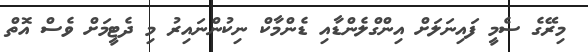
މިރޭގެ ސެމީ ފައިނަލަށް އިންގްލެންޑާއި ޑެންމާކް ނިކުންނައިރު މި ދެޓީމަށް ވެސް އޮތް